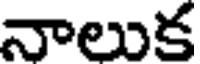
నాలుక